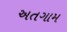
અતગામ